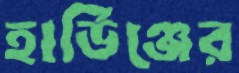
হার্ডিঞ্জের